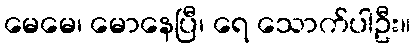
မေမေ၊ မောနေပြီ၊ ရေ သောက်ပါဦး။